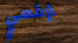
ارقصي